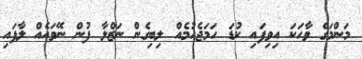
މަންމަގެ ވާހަކަ އިވިފައި ކުޑަ ހަމަޖެހުމެއް ލިބިގެން ނަޒްލާ ފުން ނޭވައެއް ލާފައި